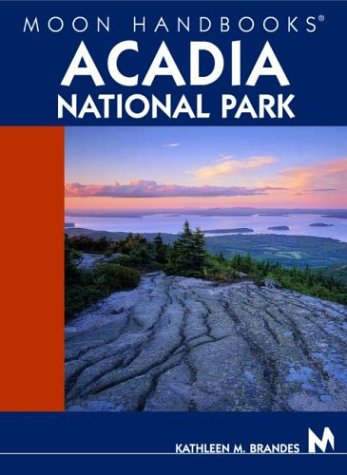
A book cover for Moon Handbooks Acadia National Park; Kathleen M. Brandes; Travel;